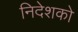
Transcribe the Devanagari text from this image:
निदेशको